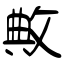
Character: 敟